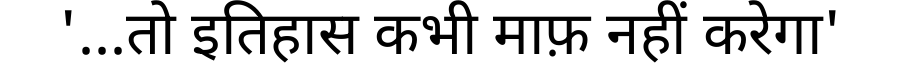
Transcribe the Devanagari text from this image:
'...तो इतिहास कभी माफ़ नहीं करेगा'